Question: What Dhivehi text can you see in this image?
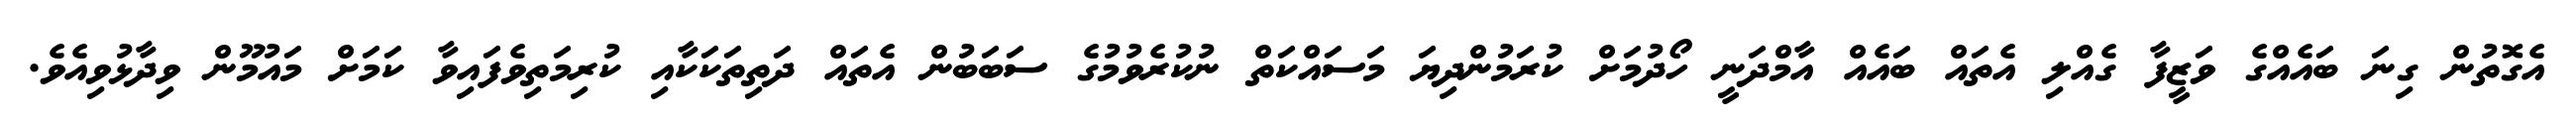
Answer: އެގޮތުން ގިނަ ބައެއްގެ ވަޒީފާ ގެއްލި އެތައް ބައެއް އާމްދަނީ ހޯދުމަށް ކުރަމުންދިޔަ މަސައްކަތް ނުކުރެވުމުގެ ސަބަބުން އެތައް ދަތިތަކަކާއި ކުރިމަތިވެފައިވާ ކަމަށް މައުމޫން ވިދާޅުވިއެވެ.